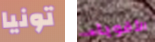
تونيا الأقوياء